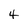
Character: 4